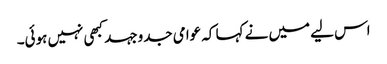
اس لیے میں نے کہا کہ عوامی جدوجہد کبھی نہیں ہوئی۔